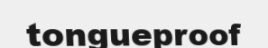
tongueproof